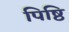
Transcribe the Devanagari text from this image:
पिष्ठि